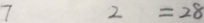
7 2 = 2 8